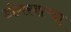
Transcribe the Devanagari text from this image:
डोंगरबाऱ्या